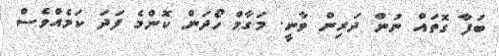
ބަފާ ގޮތައް ނުން ދަރިން ވާނީ. މަގާމް ހޯދަން ކޮންމެ ފަދަ ކަމެއްވެސް